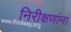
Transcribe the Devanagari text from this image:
निरीक्षणांना